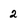
Character: 2